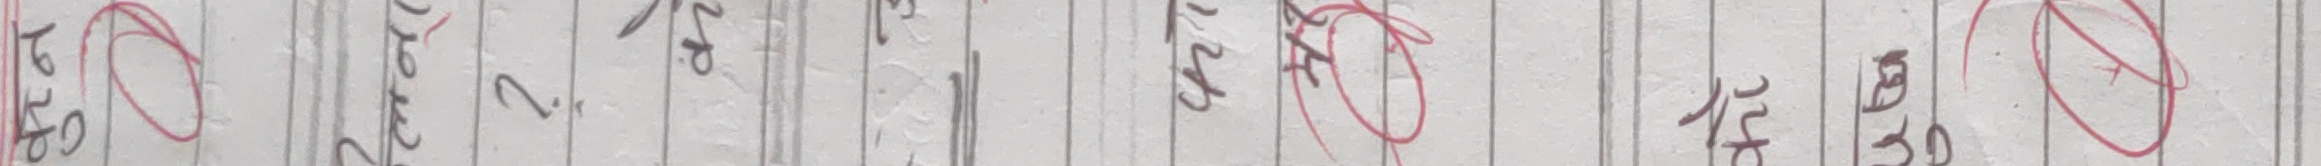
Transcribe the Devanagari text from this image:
६१०
२.
क्ष्‌
४५
६०